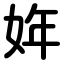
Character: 姩